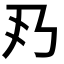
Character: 𠂐